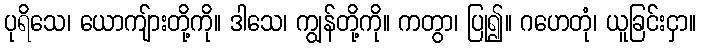
ပုရိသေ၊ ယောကျ်ားတို့ကို။ ဒါသေ၊ ကျွန်တို့ကို။ ကတွာ၊ ပြု၍။ ဂဟေတုံ၊ ယူခြင်းငှာ။